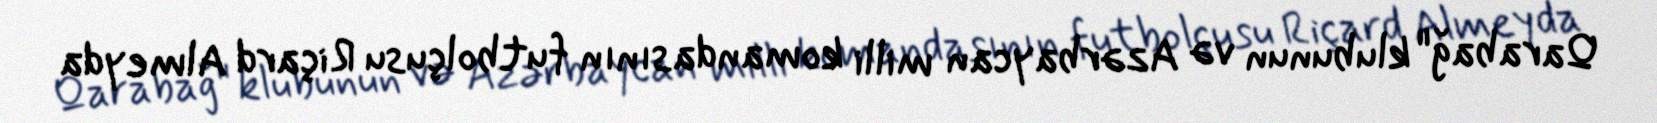
Qarabağ" klubunun və Azərbaycan milli komandasının futbolçusu Riçard Almeyda